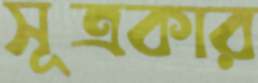
সূত্রকার